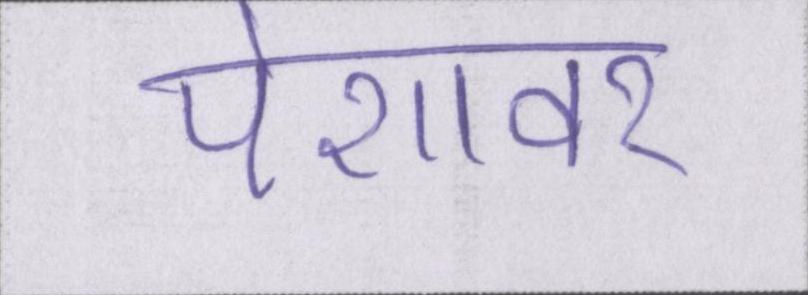
पेशावर